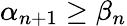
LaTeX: \alpha_{n+1}\geq\beta_{n}